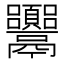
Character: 𩱴